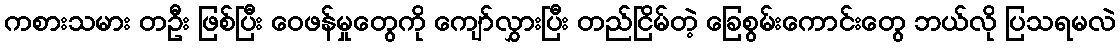
ကစားသမား တဦး ဖြစ်ပြီး ဝေဖန်မှုတွေကို ကျော်လွှားပြီး တည်ငြိမ်တဲ့ ခြေစွမ်းကောင်းတွေ ဘယ်လို ပြသရမလဲ